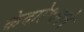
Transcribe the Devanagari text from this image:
केदारेश्वराने